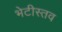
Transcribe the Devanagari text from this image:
भेटीस्तव